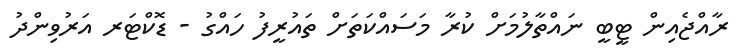
ރާއްޖެއިން ޓީބީ ނައްތާލުމަށް ކުރާ މަސައްކަތަށް ތައުރީފު ހައްގު - ޑޮކްޓަރ އަރުވިންދު